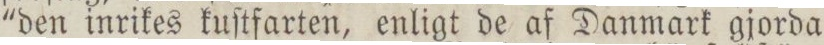
'den inrikes kuſtfarten, enligt de af Danmark gjorda